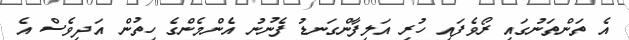
އެ ތަންތަނުގައި ރޯވެފައި ހުރި އަލިފާންގަނޑު ފެނުނު އެންމެންގެ ހިތުން އަދިވެސް އެ